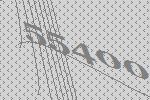
55400